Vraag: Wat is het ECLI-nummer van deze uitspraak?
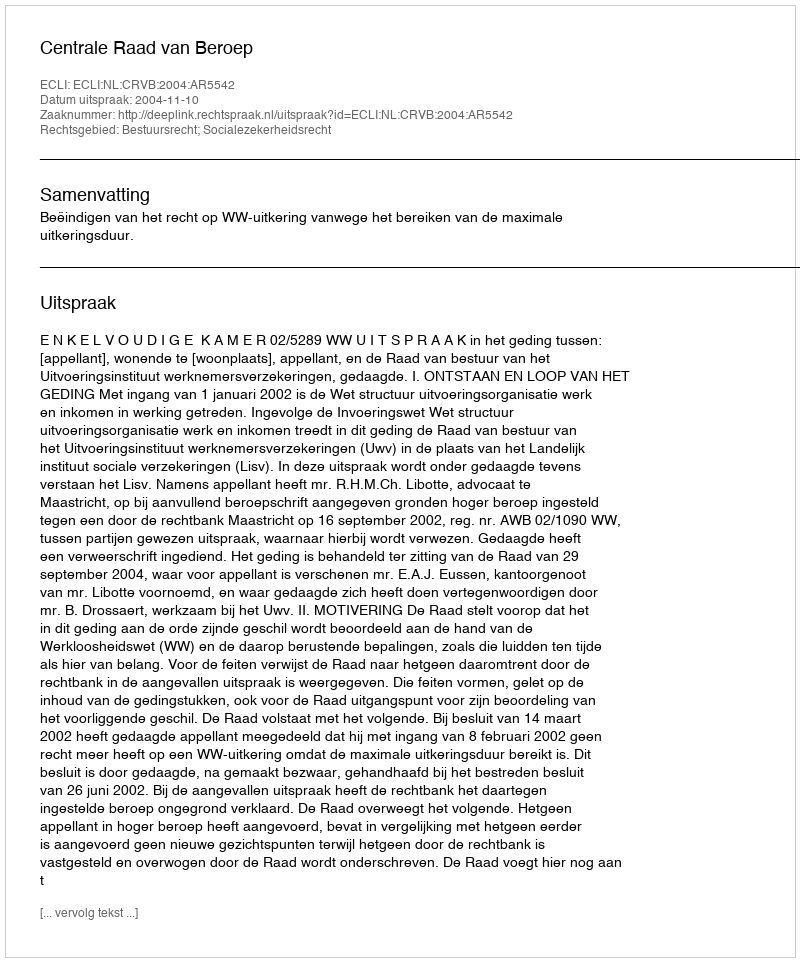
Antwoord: ECLI:NL:CRVB:2004:AR5542